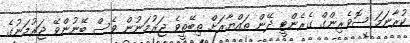
ކުރާނަމަ ސޮވެރިންގް ގެރެންޓީ ދޭން ތައްޔާރަށް ތިބޭތީވެ ޖަރުމަނުން ވެސް ބޭނުންވޭ ޖަރުމަނުގެ